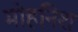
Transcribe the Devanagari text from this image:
मोहनिश